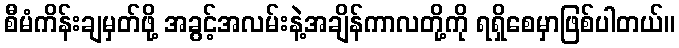
စီမံကိန်းချမှတ်ဖို့ အခွင့်အလမ်းနဲ့အချိန်ကာလတို့ကို ရရှိစေမှာဖြစ်ပါတယ်။